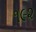
૧૯૨